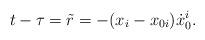
LaTeX: \begin{align*}t-\tau = \tilde r = - (x_i-x_{0i}){\dot x}_0^i.\end{align*}